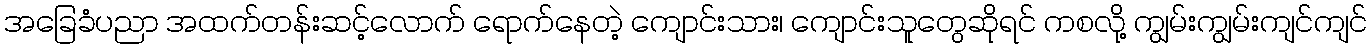
အခြေခံပညာ အထက်တန်းဆင့်လောက် ရောက်နေတဲ့ ကျောင်းသား၊ ကျောင်းသူတွေဆိုရင် ကစလို့ ကျွမ်းကျွမ်းကျင်ကျင်